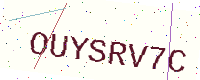
Text: OUYSRV7C